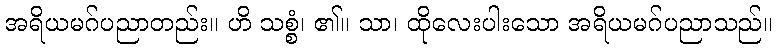
အရိယမဂ်ပညာတည်း။ ဟိ သစ္စံ၊ ၏။ သာ၊ ထိုလေးပါးသော အရိယမဂ်ပညာသည်။